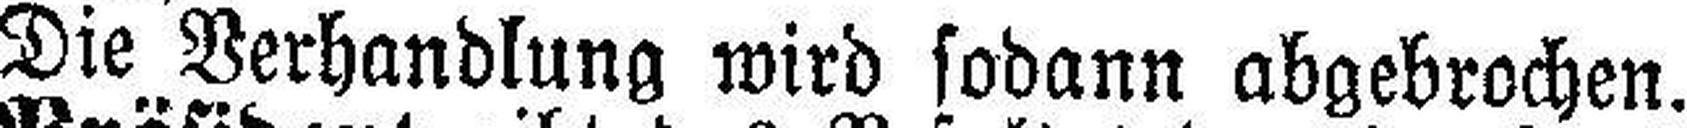
Die Verhandlung wird sodann abgebrochen.